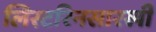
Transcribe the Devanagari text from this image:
लिस्टरिनसारखी